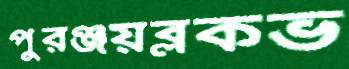
পুরঞ্জয়ব্লকভ